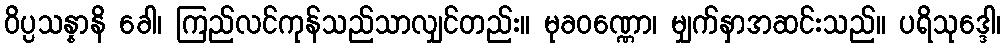
ဝိပ္ပသန္နာနိ ခေါ၊ ကြည်လင်ကုန်သည်သာလျှင်တည်း။ မုခဝဏ္ဏော၊ မျှက်နှာအဆင်းသည်။ ပရိသုဒ္ဒေါ၊